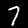
Label: 7